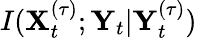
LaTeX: I(\mathbf{X}_{t}^{(\tau)};\mathbf{Y}_{t}|\mathbf{Y}_{t}^{(\tau)})